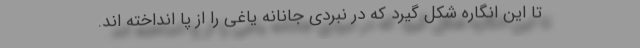
تا این انگاره شکل گیرد که در نبردی جانانه یاغی را از پا انداخته اند.